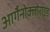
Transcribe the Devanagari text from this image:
आर्गैनोक्लोराइड